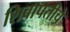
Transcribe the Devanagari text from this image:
शिवापतीचे